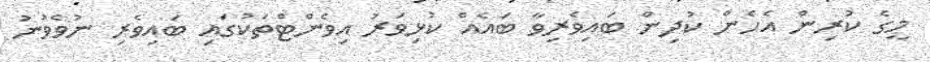
މީގެ ކުރިން އެހެން ކުދިން ބައިވެރިވާ ބައެއް ކުޅިވަރު އިވެންޓްތަކުގައި ބައިވެރި ނުވެވުނު